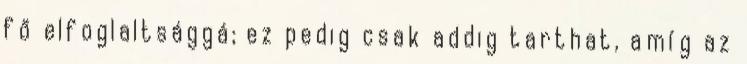
fő elfoglaltsággá; ez pedig csak addig tarthat, amíg az